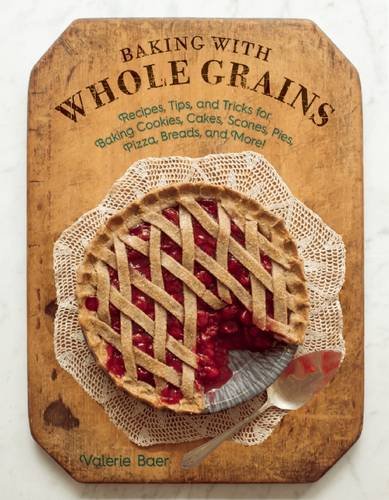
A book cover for Baking with Whole Grains: Recipes, Tips, and Tricks for Baking Cookies, Cakes, Scones, Pies, Pizza, Breads, and More!; Valerie Baer; Cookbooks, Food & Wine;